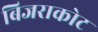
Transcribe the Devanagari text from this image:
बिजराकोट